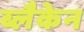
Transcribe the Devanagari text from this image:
ब्लैकेन